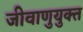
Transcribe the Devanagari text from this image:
जीवाणुयुक्त